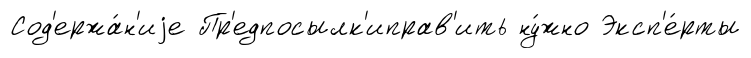
Сод'ержа́н'иjе Пр'едпосылк'иправ'ить ну́жно Эксп'е́рты